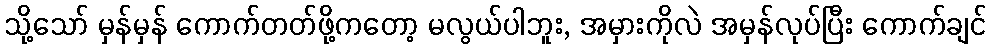
သို့သော် မှန်မှန် ကောက်တတ်ဖို့ကတော့ မလွယ်ပါဘူး, အမှားကိုလဲ အမှန်လုပ်ပြီး ကောက်ချင်